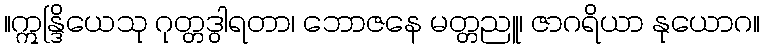
။ဣန္ဒြိယေသု ဂုတ္တဒွါရတာ၊ ဘောဇနေ မတ္တညူ၊ ဇာဂရိယာ နုယောဂ။